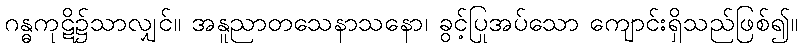
ဂန္ဓကုဋိ၌သာလျှင်။ အနူညာတသေနာသနော၊ ခွင့်ပြုအပ်သော ကျောင်းရှိသည်ဖြစ်၍။